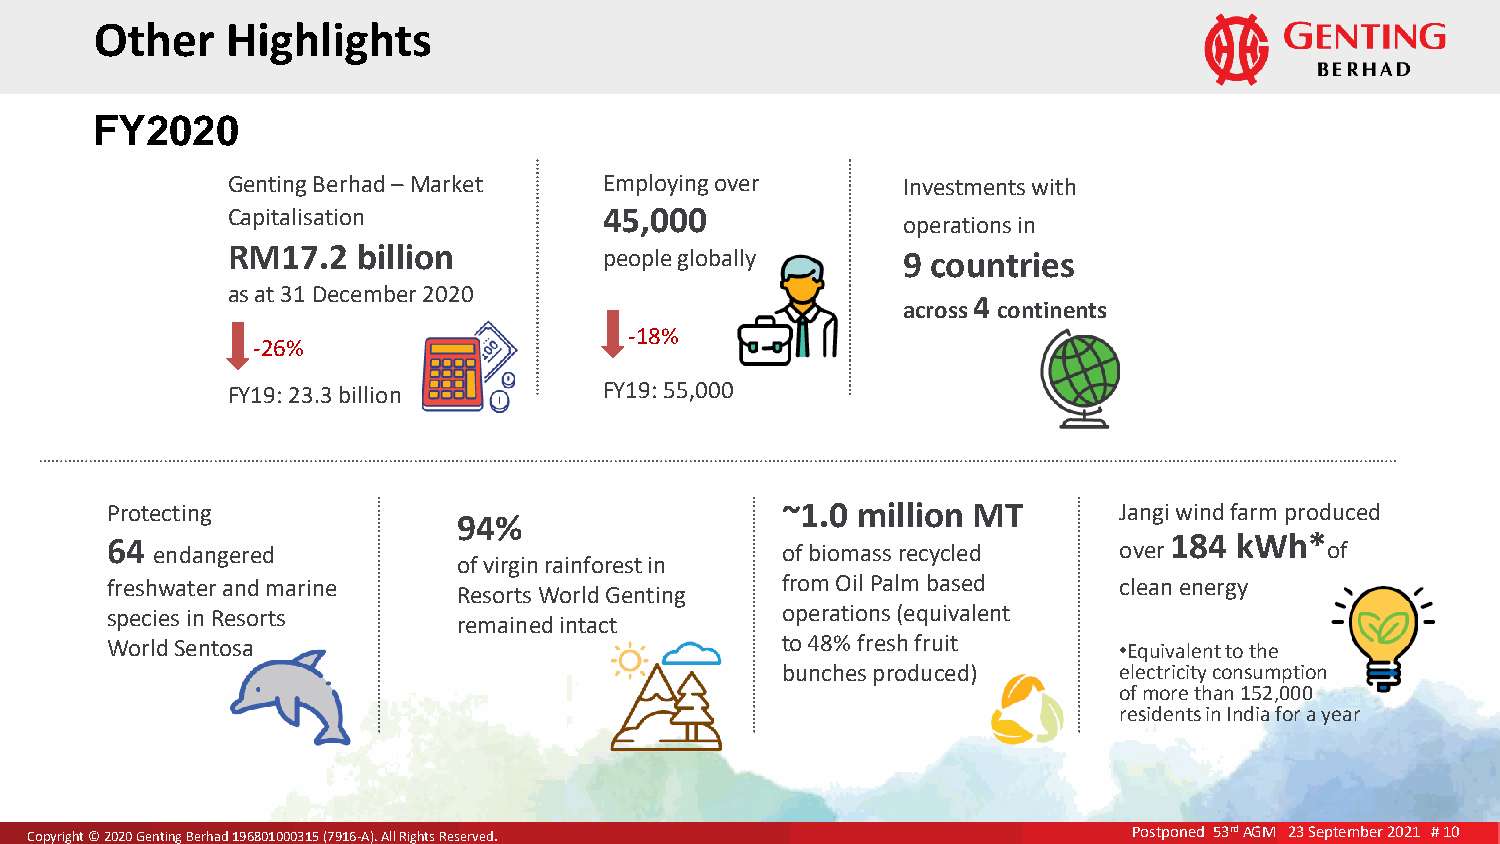
Oth  er  High  lights
 FY2020
 Genting Berhad – Market  Employing over      Investments with
 Capitalisation           45,000
 operations in
 RM17.2   billion         people globally     9 countries
 as at 31 December 2020
 across 4 continents
 -18%
 -26%
 FY19: 23.3 billion       FY19: 55,000
 Protecting                                   ~1.0 million MT       Jangi wind farm produced
 94%
 64 endangered                                of biomass recycled   over 184 kWh* of
 of virgin rainforest in
 freshwater and marine                        from Oil Palm based   clean energy
 Resorts World Genting
 species in Resorts                           operations (equivalent
 remained intact
 World Sentosa                                to 48% fresh fruit    •Equivalent to the
 bunches produced)     electricity consumption
 of more than 152,000
 residents in India for a year
 CCooppyyrriigghhtt ©© 22002200 GGeennttiinngg BBeerrhhaadd 119966880011000000331155 ((77991166--AA)).. AAllll RRiigghhttss RReesseerrvveedd.. Postponed 53rd AGM 23 September 2021 # 10